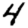
Digit: 4